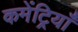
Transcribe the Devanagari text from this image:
कमेंट्रियाँ